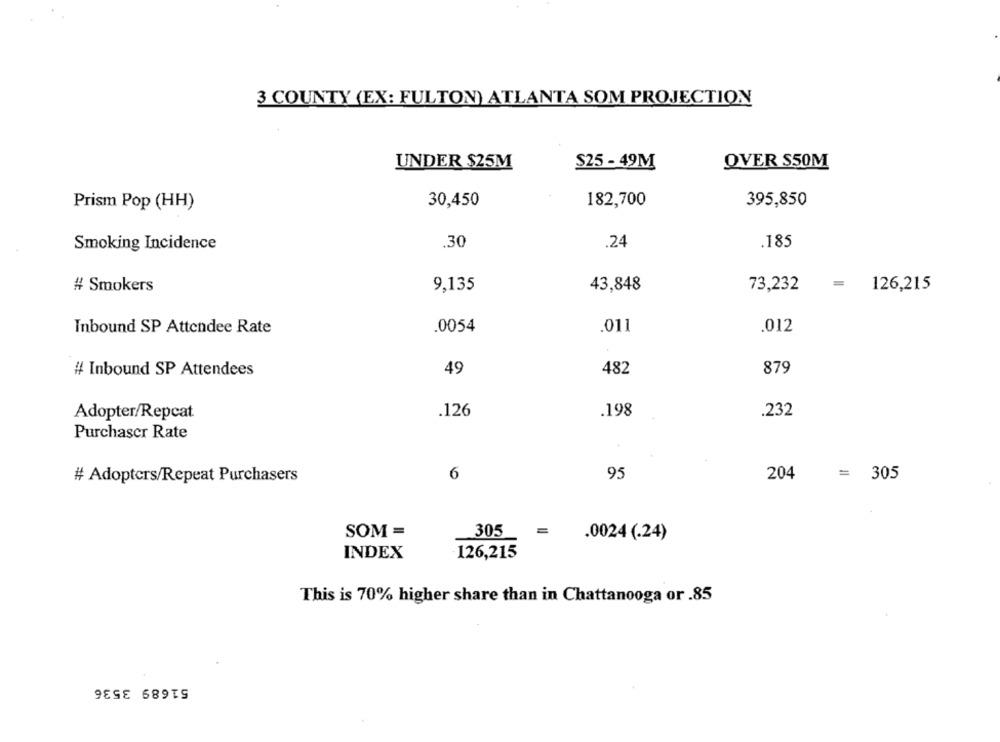
3 COUNTY (EX: FULTON) ATLANTA SOM PROJECTION
UNDER $25M
$25- 49M
OVER SSOM
Prism Pop (HH)
30,450
182,700
395,850
.30
.24
.185
Smoking Incidence
# Smokers
9,135
43,848
73,232
= 126,215
Inbound SP Attendee Rate
.0054
.011
.012
# Inbound SP Attendees
49
482
879
.126
.198
.232
Adopter/Repcat
Purchaser Rate
6
95
# Adopters/Repeat Purchasers
204
= 305
SOM =
305
=
.0024 (.24)
INDEX
126,215
This is 70% higher share than in Chattanooga or .85
51689 3536